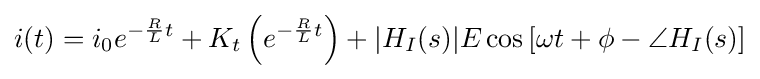
i(t)=i_{0}e^{-{\frac {R}{L}}t}+K_{t}\left(e^{-{\frac {R}{L}}t}\right)+|H_{I}(s)|E\cos \left[\omega t+\phi -\angle {H_{I}(s)}\right]